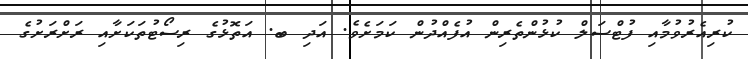
ކުރިއެރުވުމާއި ފުޓްސަލް ކުޅުންތެރިން އުފެއްދުން ކަމަށެވެ. އަދި ބ. އަތޮޅުގެ ރިސޯޓުތަކަށާއި ރަށްރަށުގެ